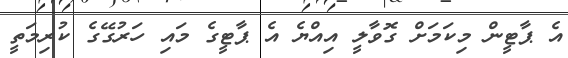
އެ ޕާޓީން މިކަމަށް ގޮވާލީ އިއްޔެ އެ ޕާޓީގެ މައި ހަރުގޭގެ ކުރިމަތީ